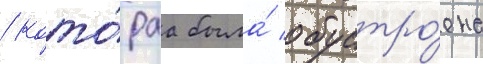
/ кото́раа была́ обустро́ена